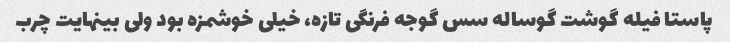
پاستا فیله گوشت گوساله سس گوجه فرنگی تازه، خیلی خوشمزه بود ولی بینهایت چرب